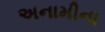
અનામીના